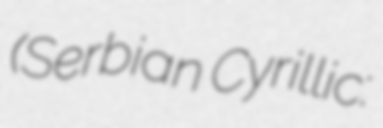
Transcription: (Serbian Cyrillic: